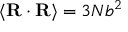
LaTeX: \langle \mathbf { R } \cdot \mathbf { R } \rangle = 3 N b ^ { 2 }